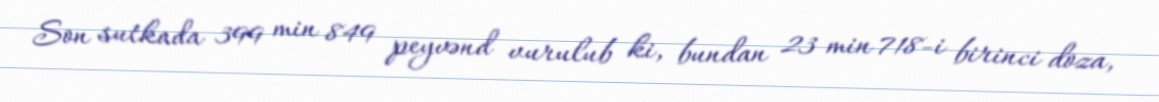
Son sutkada 399 min 849 peyvənd vurulub ki, bundan 23 min 718-i birinci doza,